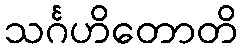
သင်္ဂဟိတောတိ